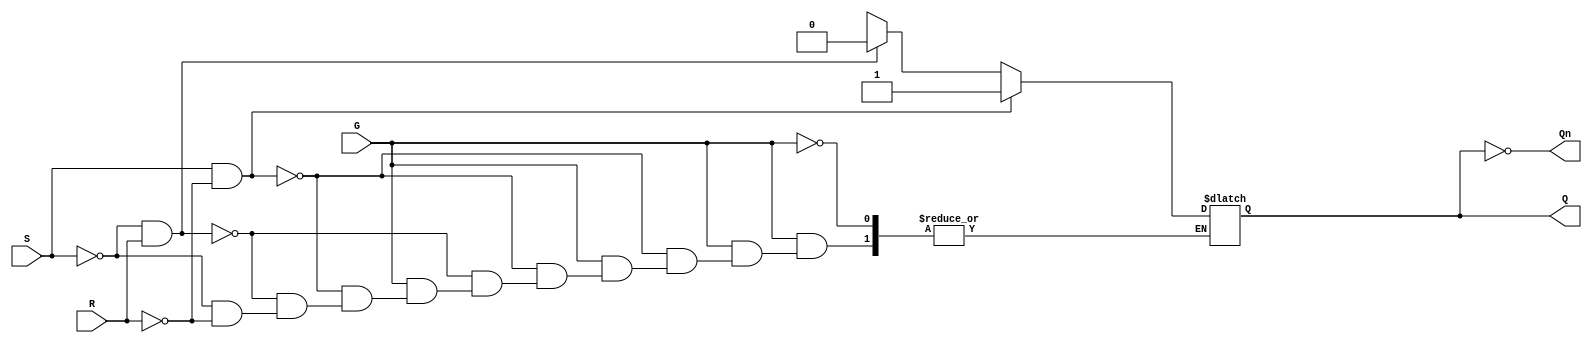
module gated_sr_latch (
    input wire S,    // Set input
    input wire R,    // Reset input
    input wire G,    // Gate input
    output reg Q,    // Output Q
    output wire Qn   // Complement of Q
);

    // Complement of Q
    assign Qn = ~Q;

    always @(*) begin
        if (G) begin
            if (S && ~R) begin
                Q = 1'b1;  // Set condition
            end else if (~S && R) begin
                Q = 1'b0;  // Reset condition
            end else if (~S && ~R) begin
                // Retain previous state
                Q = Q;     // Hold state
            end else begin
                // Invalid condition (S=1, R=1) - behavior depends on design
                Q = 1'bx;  // Undefined state
            end
        end
        // When G is low, retain previous state
    end

endmodule